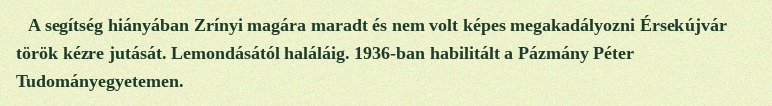
A segítség hiányában Zrínyi magára maradt és nem volt képes megakadályozni Érsekújvár török kézre jutását. Lemondásától haláláig. 1936-ban habilitált a Pázmány Péter Tudományegyetemen.